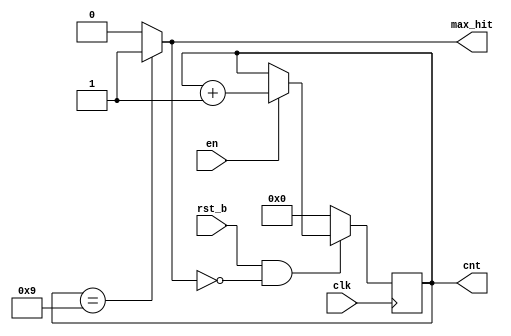
`timescale 1ns / 1ps
//////////////////////////////////////////////////////////////////////////////////
// Company: 
// Engineer: 
// 
// Design Name: 
// Module Name:    contado_comparador 
// Project Name: 
// Target Devices: 
// Tool versions: 
// Description: 
//
// Dependencies: 
//
// Revision: 
// Revision 0.01 - File Created
// Additional Comments: 
//
//////////////////////////////////////////////////////////////////////////////////
module contador_comparador#(
		parameter CNT_SIZE = 4,
		parameter MAX_CNT = 9
	)(
		input clk,
		input rst_b,
		input en,
		output max_hit,
		output reg [CNT_SIZE-1:0] cnt
    );

	wire rst_flop;
	wire [CNT_SIZE-1:0] nxt_cnt;
	
	assign rst_flop = rst_b & (~max_hit);
	
	always @(posedge clk) begin
		if (!rst_flop)
			cnt <= {CNT_SIZE{1'b0}};
		else if (en)
			cnt <= nxt_cnt;
	end
	
	assign nxt_cnt = cnt + {{CNT_SIZE-1{1'b0}}, 1'b1};
	
	assign max_hit = (cnt == MAX_CNT) ? 1'b1 : 1'b0;

endmodule